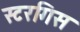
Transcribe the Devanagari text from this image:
स्टरगिस